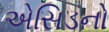
એસિડનો